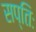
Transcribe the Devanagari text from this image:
सप्तिः